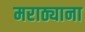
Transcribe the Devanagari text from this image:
मराठ्याना